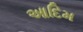
આદિમ